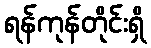
ရန်ကုန်တိုင်းရှိ